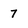
Character: 7